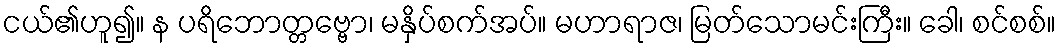
ငယ်၏ဟူ၍။ န ပရိဘောတ္တဗ္ဗော၊ မနှိပ်စက်အပ်။ မဟာရာဇ၊ မြတ်သောမင်းကြီး။ ခေါ၊ စင်စစ်။